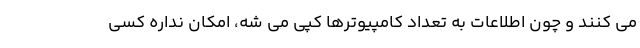
می کنند و چون اطلاعات به تعداد کامپیوترها کپی می شه، امکان نداره کسی